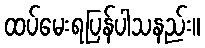
ထပ်မေးရပြန်ပါသနည်း။